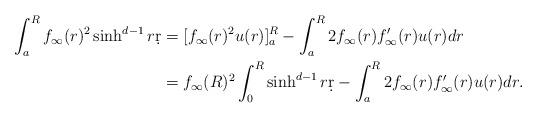
LaTeX: \begin{align*} \int_a^R f_\infty(r)^2 \sinh^{d-1}r \d r &= [ f_\infty(r)^2 u(r)]_a^R - \int_a^R 2 f_\infty(r) f_\infty'(r) u(r) d r \\&= f_\infty(R)^2 \int_0^R \sinh^{d-1}r \d r - \int_a^R 2 f_\infty(r) f_\infty'(r) u(r) d r .\end{align*}